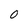
Character: O